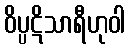
ဝိပ္ပဋိသာရီဟုဝါ